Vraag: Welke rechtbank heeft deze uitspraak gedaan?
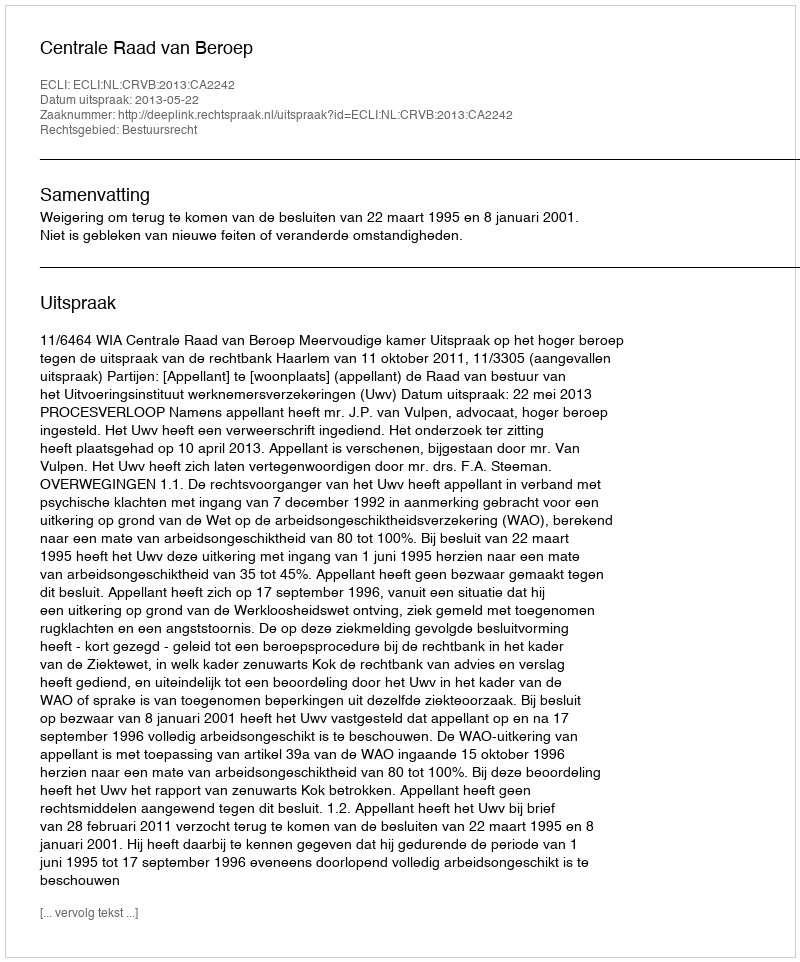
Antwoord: Centrale Raad van Beroep